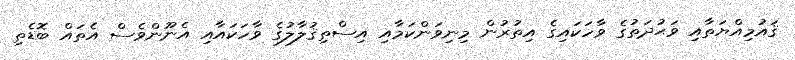
ޤައުމިއްޔަތާއި ވަޙުދަތުގެ ވާހަކައިގެ އިތުރުން މިނިވަންކަމާއި އިސްތިޤުލާލުގެ ވާހަކައާއި އެނޫންވެސް އެތައް ބޮޑެތި